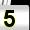
Digit: 5